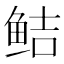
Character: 鲒